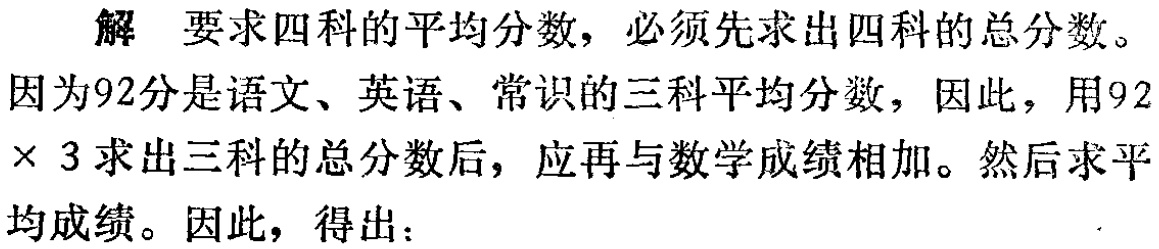
解 要求四科的平均分数，必须先求出四科的总分数。
因为92分是语文、英语、常识的三科平均分数，因此，用$92\times 3$求出三科的总分数后，应再与数学成绩相加。然后求平均成绩。因此，得出：